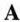
A